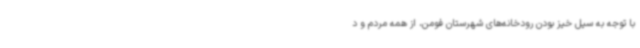
با توجه به سیل خیز بودن رودخانه‌های شهرستان فومن، از همه مردم و د